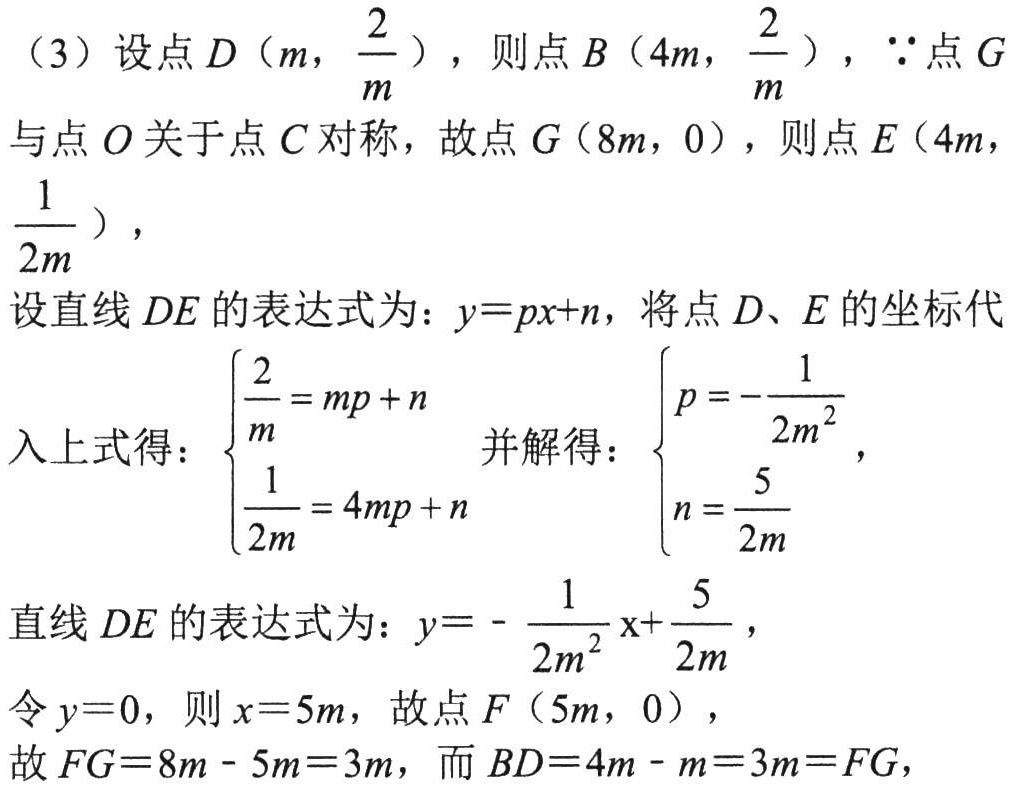
（3）设点\(D\left(m,\frac{2}{m}\right)\)，则点\(B\left(4m,\frac{2}{m}\right)\)，\(\because\)点\(G\)与点\(O\)关于点\(C\)对称，故点\(G(8m,0)\)，则点\(E\left(4m,\frac{1}{2m}\right)\)，

设直线\(DE\)的表达式为：\(y = px + n\)，将点\(D、E\)的坐标代

入上式得：\(\begin{cases}\frac{2}{m}=mp + n\\\frac{1}{2m}=4mp + n\end{cases}\)并解得：\(\begin{cases}p=-\frac{1}{2m^{2}}\\n=\frac{5}{2m}\end{cases}\)，

直线\(DE\)的表达式为：\(y = -\frac{1}{2m^{2}}x+\frac{5}{2m}\)，

令\(y = 0\)，则\(x = 5m\)，故点\(F(5m,0)\)，

故\(FG = 8m - 5m = 3m\)，而\(BD = 4m - m = 3m = FG\)，